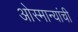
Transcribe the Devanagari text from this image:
ओस्मान्यांची